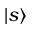
| s \rangle